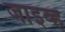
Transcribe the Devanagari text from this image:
जाइव्ह